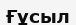
Ғұсыл